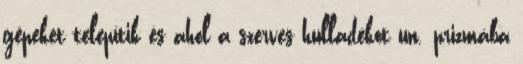
gépeket telepítik és ahol a szerves hulladékot un. prizmába